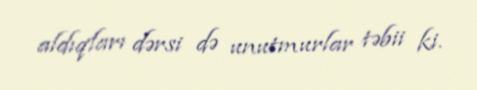
aldıqları dərsi də unutmurlar təbii ki.